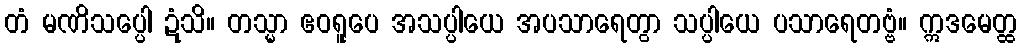
တံ မဏိသပ္ပေါ ဍံသိ။ တသ္မာ ဧဝရူပေ အသပ္ပါယေ အပသာရေတွာ သပ္ပါယေ ပသာရေတဗ္ဗံ။ ဣဒမေတ္ထ